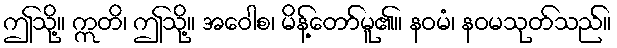
ဤသို့။ ဣတိ၊ ဤသို့။ အဝေါစ၊ မိန့်တော်မူ၏။ နဝမံ၊ နဝမသုတ်သည်။